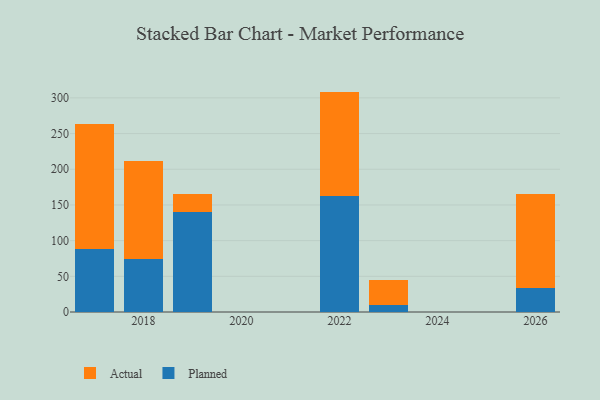
{"axis": {"x": "Year", "y": "Backlog"}, "legend": ["Actual", "Planned"], "data": [{"x": "2017", "y": 88.9, "type": "Planned"}, {"x": "2017", "y": 174.9, "type": "Actual"}, {"x": "2026", "y": 33.6, "type": "Planned"}, {"x": "2026", "y": 131.9, "type": "Actual"}, {"x": "2022", "y": 162.1, "type": "Planned"}, {"x": "2022", "y": 146.7, "type": "Actual"}, {"x": "2019", "y": 140.8, "type": "Planned"}, {"x": "2019", "y": 24.6, "type": "Actual"}, {"x": "2023", "y": 10.5, "type": "Planned"}, {"x": "2023", "y": 33.7, "type": "Actual"}, {"x": "2018", "y": 73.8, "type": "Planned"}, {"x": "2018", "y": 137.2, "type": "Actual"}]}